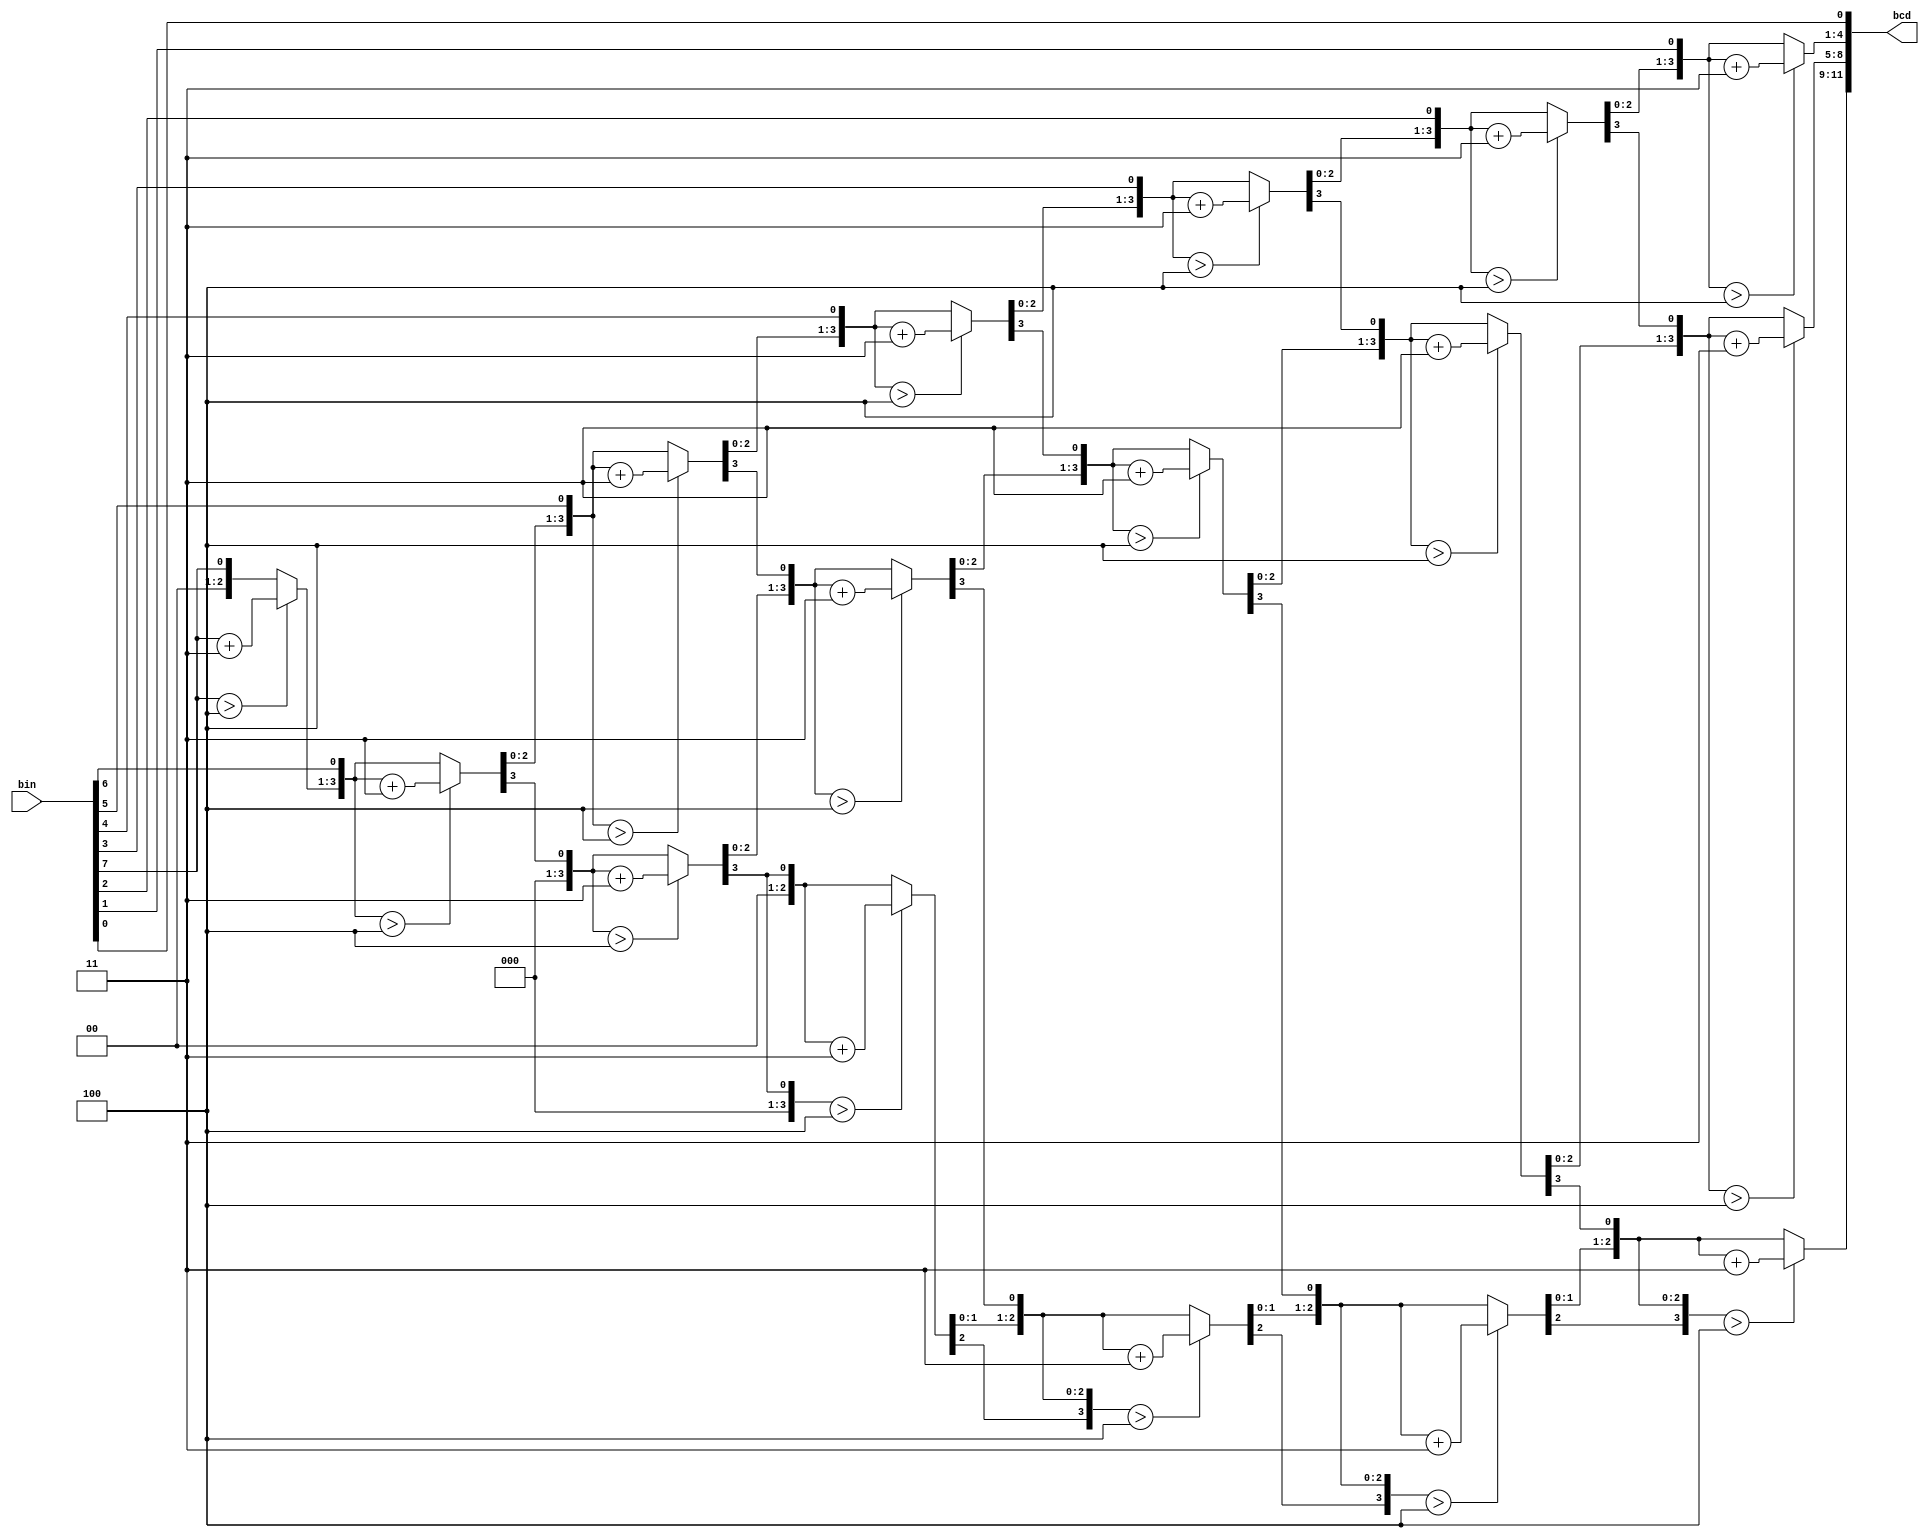
`timescale 1ns / 1ps
//////////////////////////////////////////////////////////////////////////////////
// Company: 
// Engineer: 
// 
// Design Name: 
// Module Name: dec_bcd
// Project Name: 
// Target Devices: 
// Tool Versions: 
// Description: 
// 
// Dependencies: 
// 
// Revision:
// Revision 0.01 - File Created
// Additional Comments:
// 
//////////////////////////////////////////////////////////////////////////////////


module dec_bcd(
    input wire [7:0] bin, // input number
    output reg [11:0] bcd // output number
);

    reg [3:0] i; // counter to keep track of digit 
  
    always @(bin) begin
        bcd = 0; 
        for (i = 0; i < 8; i = i+1) begin
            bcd = {bcd[10:0],bin[7-i]}; 
            if(i < 7 && bcd[3:0] > 4) begin
		      bcd[3:0] = bcd[3:0] + 3;
		    end
            if(i < 7 && bcd[7:4] > 4) begin
                bcd[7:4] = bcd[7:4] + 3;
            end
            if(i < 7 && bcd[11:8] > 4) begin
                bcd[11:8] = bcd[11:8] + 3;  
            end
        end
    end                 
endmodule